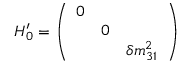
H _ { 0 } ^ { \prime } = \left( \begin{array} { c c c } { { 0 } } & { { } } & { { } } \\ { { } } & { { 0 } } & { { } } \\ { { } } & { { } } & { { \delta m _ { 3 1 } ^ { 2 } } } \end{array} \right)